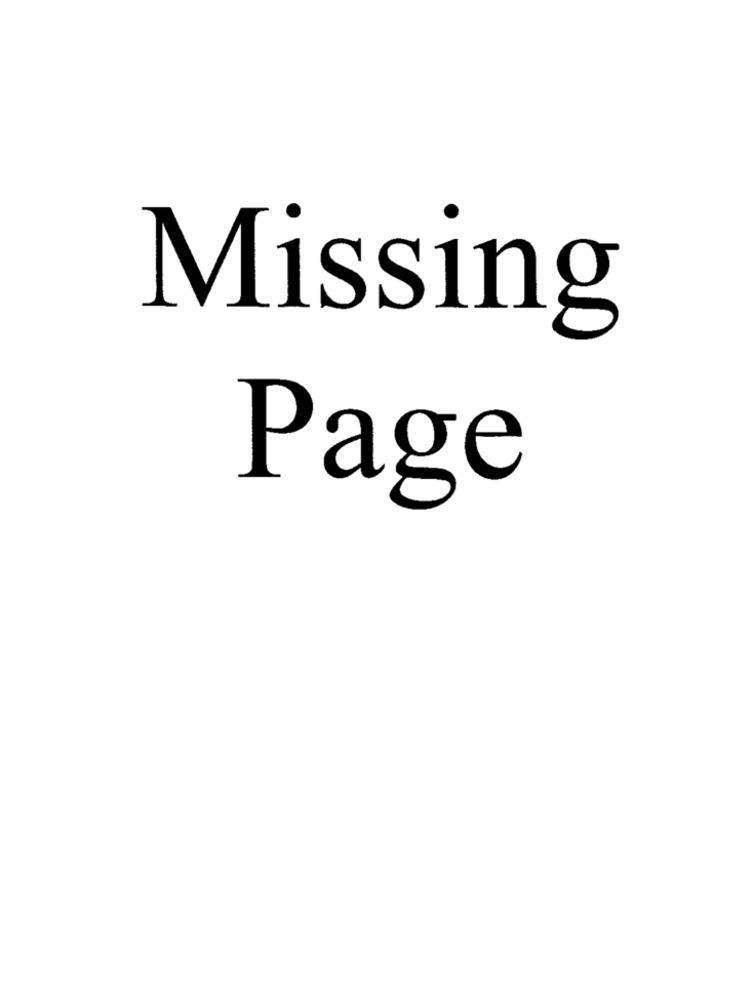
Missing
Page